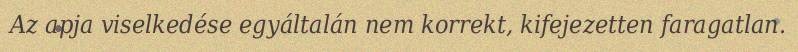
Az apja viselkedése egyáltalán nem korrekt, kifejezetten faragatlan.